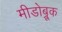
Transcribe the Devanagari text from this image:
मीडोब्रूक